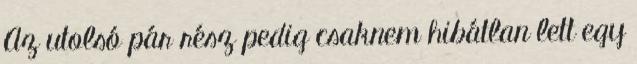
Az utolsó pár rész pedig csaknem hibátlan lett egy